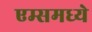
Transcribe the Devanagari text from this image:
एम्समध्ये